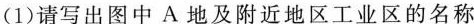
(1)请写出图中A地及附近地区工业区的名称